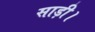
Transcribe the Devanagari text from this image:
साड़ी।